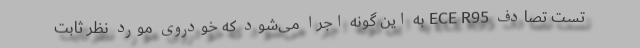
تست تصادف ECE R95 به این گونه اجرا می‌شود که خودروی مورد نظر ثابت